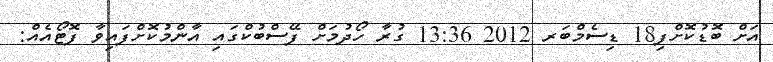
އަށް ބޮޑުކޮށްފި18 ޑިސެމްބަރ 2012 13:36 ގުރާ ހޯދުމަށް ފޭސްބުކްގައި އާންމުކޮށްފައިވާ ފޮޓޯއެއް: